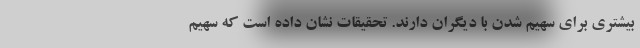
بیشتری برای سهیم شدن با دیگران دارند. تحقیقات نشان داده است که سهیم